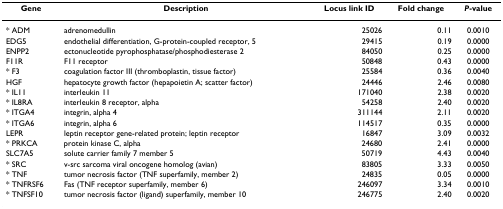
| Gene | Description | Locus link ID | Fold change | P-value |
 | --- | --- | --- | --- | --- |
 | * ADM | adrenomedullin | 25026 | 0.11 | 0.0010 |
 | EDG5 | endothelial differentiation, G-protein-coupled receptor, 5 | 29415 | 0.19 | 0.0000 |
 | ENPP2 | ectonucleotide pyrophosphatase/phosphodiesterase 2 | 84050 | 0.25 | 0.0000 |
 | F11R | F11 receptor | 50848 | 0.43 | 0.0000 |
 | * F3 | coagulation factor III (thromboplastin, tissue factor) | 25584 | 0.36 | 0.0040 |
 | HGF | hepatocyte growth factor (hepapoietin A; scatter factor) | 24446 | 2.46 | 0.0080 |
 | * IL11 | interleukin 11 | 171040 | 2.38 | 0.0020 |
 | * IL8RA | interleukin 8 receptor, alpha | 54258 | 2.40 | 0.0020 |
 | * ITGA4 | integrin, alpha 4 | 311144 | 2.11 | 0.0020 |
 | * ITGA6 | integrin, alpha 6 | 114517 | 0.35 | 0.0000 |
 | LEPR | leptin receptor gene-related protein; leptin receptor | 16847 | 3.09 | 0.0032 |
 | * PRKCA | protein kinase C, alpha | 24680 | 2.41 | 0.0000 |
 | SLC7A5 | solute carrier family 7 member 5 | 50719 | 4.43 | 0.0040 |
 | * SRC | v-src sarcoma viral oncogene homolog (avian) | 83805 | 3.33 | 0.0050 |
 | * TNF | tumor necrosis factor (TNF superfamily, member 2) | 24835 | 0.05 | 0.0000 |
 | * TNFRSF6 | Fas (TNF receptor superfamily, member 6) | 246097 | 3.34 | 0.0010 |
 | * TNFSF10 | tumor necrosis factor (ligand) superfamily, member 10 | 246775 | 2.40 | 0.0020 |